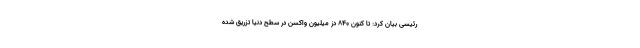
رئیسی بیان کرد: تا کنون ۸۴۰ دز میلیون واکسن در سطح دنیا تزریق شده